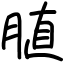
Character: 䐈